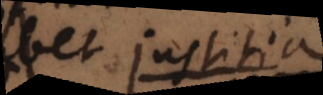
de justitia